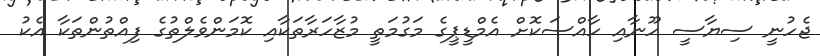
ޖެހުނީ ސިޔާސީ ހޫނާއި ހާއްސަކޮށް އެމްޑީޕީގެ މަގުމަތީ މުޒާހަރާތަކާއި ކޮމަންވެލްތުގެ ފިއްތުންތަކާ އެކު